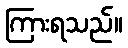
ကြားရသည်။